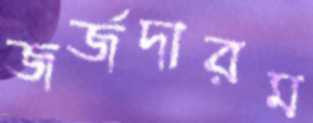
জর্জদারম